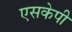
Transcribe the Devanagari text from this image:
एसकेपी